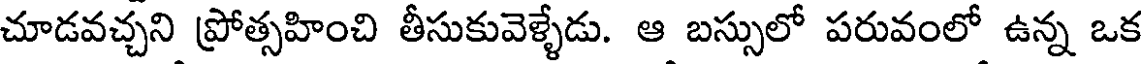
చూడవచ్చని ప్రోత్సహించి తీసుకువెళ్ళేడు. ఆ బస్సులో పరువంలో ఉన్న ఒక